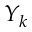
Y _ { k }